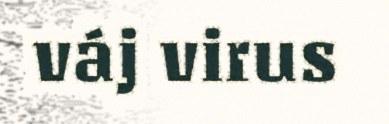
váj virus